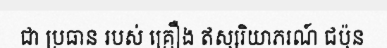
ជា ប្រធាន របស់ គ្រឿង ឥស្សរិយាភរណ៍ ជប៉ុន